Papers set at the Examination for Leaving Certificates, 1894
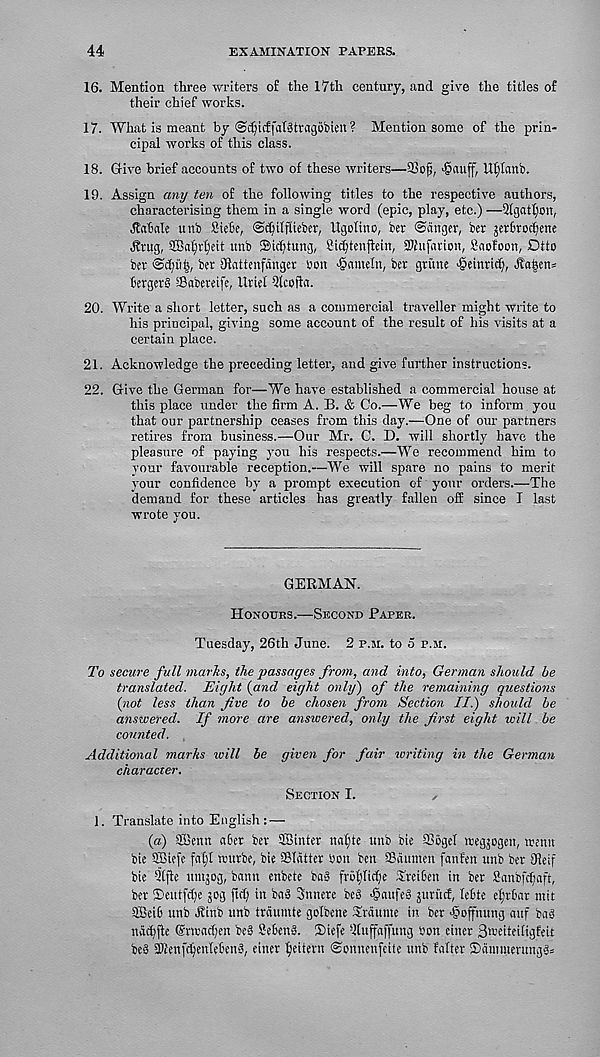
44
EXAMINATION PAPERS.
16. Mention three writers of the 17th century, and give the titles of
their chief works.
17. What is meant by ©djicffatStragobien ? Mention some of the prin-
cipal works of this class.
18. Give brief accounts of two of these writers—33ofj,
Uf;Innb.
19. Assign any ten of the following titles to the respective authors,
characterising them in a single word (epic, play, etc.) —5(gatf)on,
Rafale uni) SHeBe, (Scfiilflieber, llgolino, ber ©anger, ber jer6rocf;ene
^rug, 2Baf)vf)ett unb ©id)tung, Si^tenjlein, SJfufation, Saofoon, Dtto
bev ©d;ii|, ber DJattenfdnger Don ■§ameln, ber grime >@einri(f), dfa|en=
CergerS ffiabereife, Uriel Qlcofta.
20. Write a short letter, such as a commercial traveller might write to
his principal, giving some account of the result of his visits at a
certain place.
21. Acknowledge the preceding letter, and give further instructions.
22. Give the German for—We have established a commercial house at
this place under the firm A. B. & Co.—We beg to inform, you
that our partnership ceases from this day.—One of our partners
retires from business.—Our Air. C. D. will shortly have the
pleasure of paying you his respects.—We recommend him to
your favourable reception.—We will spare no pains to merit
your confidence by a prompt execution of your orders.—The
"demand for these articles has greatly fallen off since I last
wrote you.
GERMAN.
Honours.—Second Paper.
Tuesday, 26th June. 2 p.m. to 5 p.m.
To secure full marks, the passages from, and into, German should be
translated. Eight {and eight only) of the remaining questions
{not less than Jive to be chosen from Section II.) should be
answered. If more are answered, only the first eight will be
counted.
Additional marks tv ill be given for fair writing in the German
character.
Section I.
1. Translate into English : —
{a) Sffienn «6er ber ©inter nafjte unb bie aSiigel negjogen, menu
bie ©iefe faf)l nntrbe, bie ©hitter ben ben ©dumen fanf'en unb ber Jieif
bie 3lfle untjog, bann enbete ba§ fr£>f)Iid)e TreiBen in ber 8anbfcf/aft,
ber ©eutfdje jog ftef) in bad Snnere bed >§aufe§ jurucf, leBte efjrBar mit
©eiB unb Hinb unb trdumte golbene Trdume in ber dpoffnung anf bad
ndcf;jle ®noacf;en bed SeBend. ©iefe -fiuffaffung bon einer 3toeiteiligfeit
bed 3Kenfd)enIeBend, einer fjeitern ©onnenfeite unb falter ®dimnerungd=